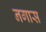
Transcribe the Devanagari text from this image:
नगास